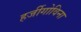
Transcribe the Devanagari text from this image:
हर्जीगोविना